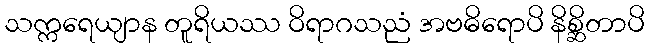
သက္ကရေယျာန တူရိယဿ ဝိရာဂသညံ အဗဓိရောပိ နိစ္ဆိတာပိ